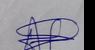
Signature authenticity: genuine